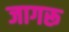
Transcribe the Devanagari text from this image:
जागरू